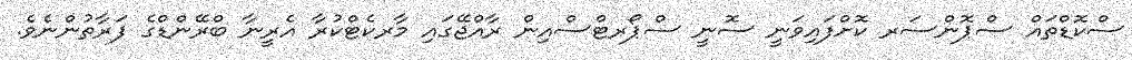
ސްކޮޑްތައް ސްޕޮންސަރ ކޮށްފައިވަނީ ސޮނީ ސްޕޯރޓްސްއިން ރާއްޖޭގައި މާރކެޓްކުރާ އެރީނާ ބްރޭންޑްގެ ފަރާތުންނެވެ.